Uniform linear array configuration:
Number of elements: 32
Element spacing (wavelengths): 0.25
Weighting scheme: blackman
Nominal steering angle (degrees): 15
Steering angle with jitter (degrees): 13.279
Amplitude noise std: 0.05
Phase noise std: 0.05

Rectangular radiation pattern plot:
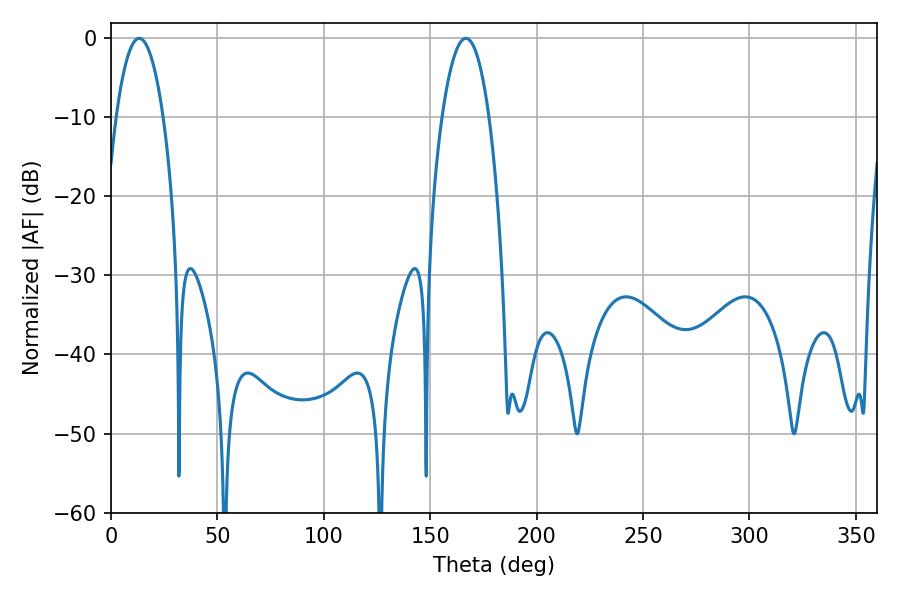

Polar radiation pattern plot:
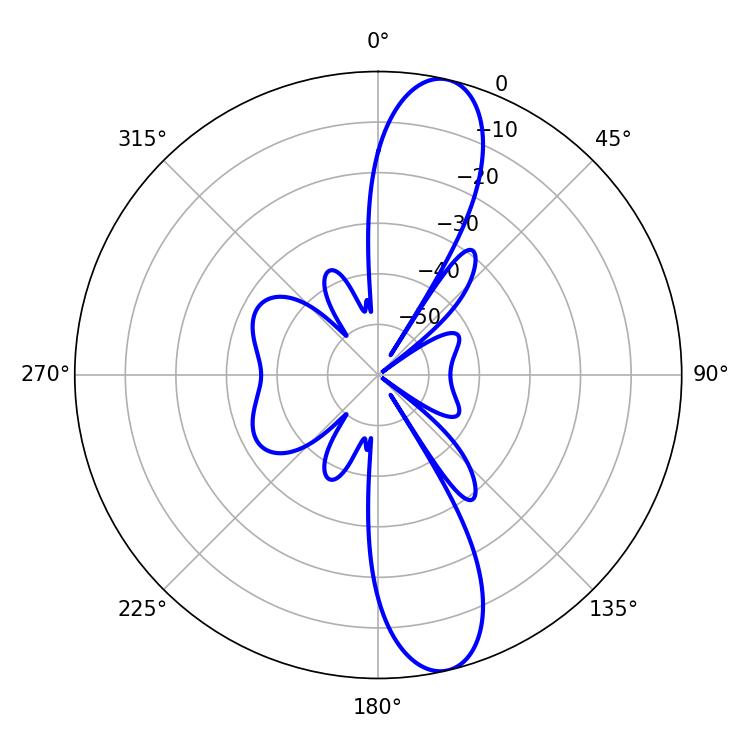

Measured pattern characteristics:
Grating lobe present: FALSE
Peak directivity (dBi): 12.809
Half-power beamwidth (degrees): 12.24
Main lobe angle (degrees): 13.32